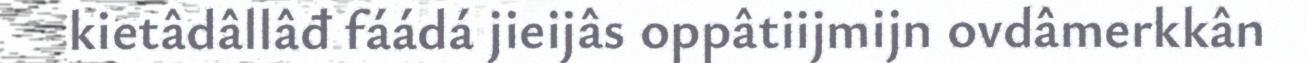
kietâdâllâđ fáádá jieijâs oppâtiijmijn ovdâmerkkân